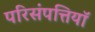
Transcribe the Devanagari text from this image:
परिसंपत्तियॉ